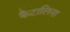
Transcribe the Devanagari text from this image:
कैटालिना